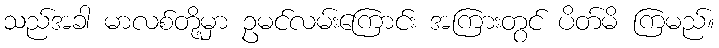
သည်အခါ မာလစ်တို့မှာ ဥမင်လမ်းကြောင်း အကြားတွင် ပိတ်မိ ကြမည်။